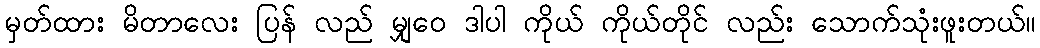
မှတ်ထား မိတာလေး ပြန် လည် မျှဝေ ဒါပါ ကိုယ် ကိုယ်တိုင် လည်း သောက်သုံးဖူးတယ်။